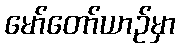
မော်တော်ယာဉ်မှာ